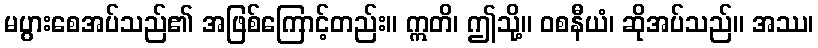
မပွားစေအပ်သည်၏ အဖြစ်ကြောင့်တည်း။ ဣတိ၊ ဤသို့။ ဝစနီယံ၊ ဆိုအပ်သည်။ အဿ၊